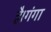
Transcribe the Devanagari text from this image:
है।गंगा